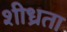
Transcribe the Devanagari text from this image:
शीध्रता